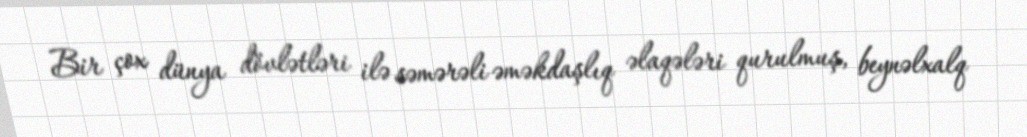
Bir çox dünya dövlətləri ilə səmərəli əməkdaşlıq əlaqələri qurulmuş, beynəlxalq